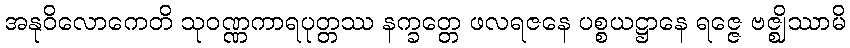
အနုဝိလောကေတိ သုဝဏ္ဏကာရပုတ္တဿ နက္ခတ္တေ ဖလရဇနေ ပစ္စယဋ္ဌာနေ ရဇ္ဇေ ဗဇ္ဈိဿာမိ